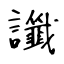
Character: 讖